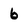
Character: 6